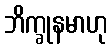
ဘိက္ခုနမာဟု